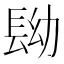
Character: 𨱧